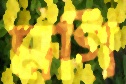
মগি